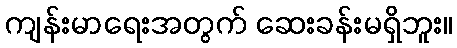
ကျန်းမာရေးအတွက် ဆေးခန်းမရှိဘူး။